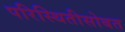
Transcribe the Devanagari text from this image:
परिस्थितीसोबत